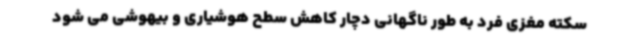
سکته مغزی فرد به طور ناگهانی دچار کاهش سطح هوشیاری و بیهوشی می شود